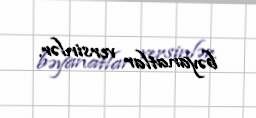
bəyanatlar versinlər.